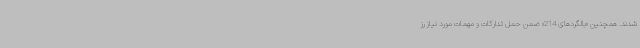
شدند. همچنین «بالگردهای 214» ضمن حمل تدارکات و مهمات مورد نیاز رز